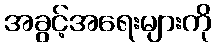
အခွင့်အရေးများကို